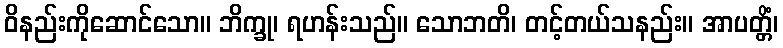
ဝိနည်းကိုဆောင်သော။ ဘိက္ခု၊ ရဟန်းသည်။ သောဘတိ၊ တင့်တယ်သနည်း။ အာပတ္တိံ၊